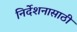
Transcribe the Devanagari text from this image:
निर्देशनासाठी